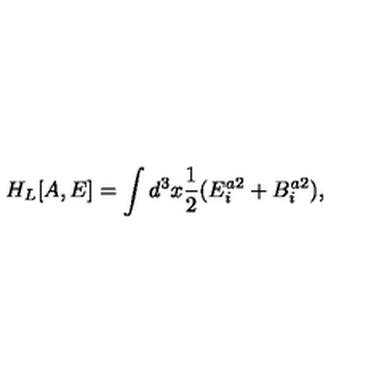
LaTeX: H _ { L } [ A , E ] = \int d ^ { 3 } x \frac { 1 } { 2 } ( E _ { i } ^ { a 2 } + B _ { i } ^ { a 2 } ) ,